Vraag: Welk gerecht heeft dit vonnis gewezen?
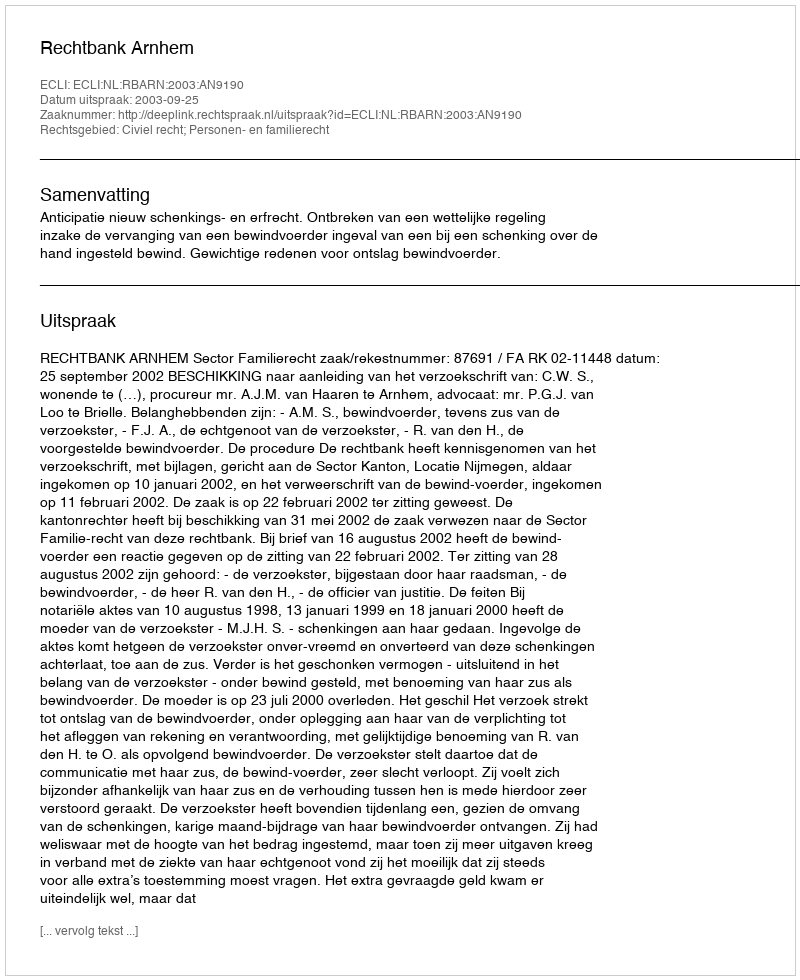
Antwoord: Rechtbank Arnhem